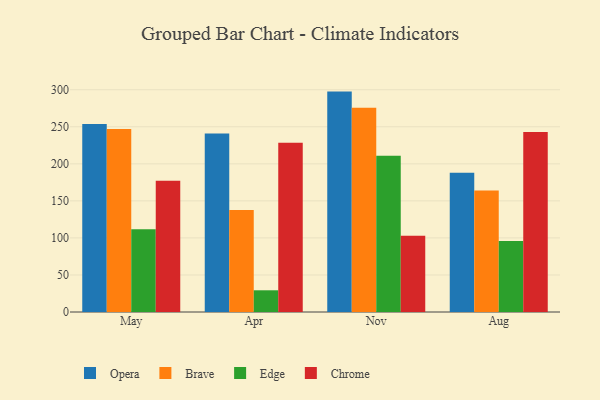
{"axis": {"x": "Month", "y": "Population (Million)"}, "legend": ["Brave", "Chrome", "Edge", "Opera"], "data": [{"x": "May", "y": 253.8, "type": "Opera"}, {"x": "May", "y": 246.9, "type": "Brave"}, {"x": "May", "y": 111.6, "type": "Edge"}, {"x": "May", "y": 177.0, "type": "Chrome"}, {"x": "Apr", "y": 240.8, "type": "Opera"}, {"x": "Apr", "y": 137.7, "type": "Brave"}, {"x": "Apr", "y": 29.3, "type": "Edge"}, {"x": "Apr", "y": 228.3, "type": "Chrome"}, {"x": "Nov", "y": 297.5, "type": "Opera"}, {"x": "Nov", "y": 275.6, "type": "Brave"}, {"x": "Nov", "y": 210.8, "type": "Edge"}, {"x": "Nov", "y": 103.0, "type": "Chrome"}, {"x": "Aug", "y": 188.1, "type": "Opera"}, {"x": "Aug", "y": 164.1, "type": "Brave"}, {"x": "Aug", "y": 95.7, "type": "Edge"}, {"x": "Aug", "y": 243.1, "type": "Chrome"}]}